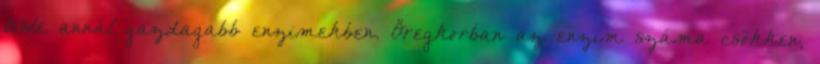
teste annál gazdagabb enzimekben. Öregkorban az enzim száma csökken,